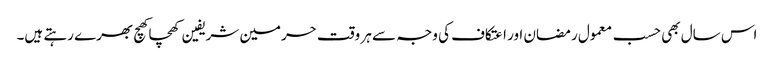
اس سال بھی حسب معمول رمضان اور اعتکاف کی وجہ سے ہر وقت حرمین شریفین کھچا کھچ بھرے رہتے ہیں۔